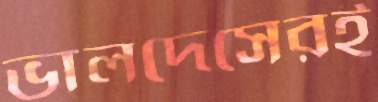
ভালদেসেরই